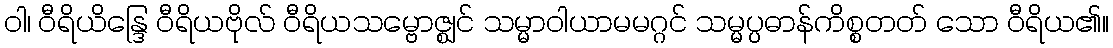
ဝါ၊ ဝီရိယိန္ဒြေ ဝီရိယဗိုလ် ဝီရိယသမ္ဗောဇ္ဈင် သမ္မာဝါယာမမဂ္ဂင် သမ္မပ္ပဓာန်ကိစ္စတတ် သော ဝီရိယ၏။